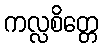
ကလ္လစိတ္တေ